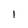
Character: 1